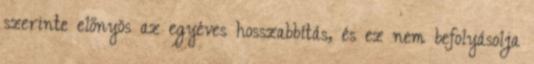
szerinte előnyös az egyéves hosszabbítás, és ez nem befolyásolja